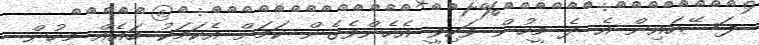
ފަސޭހައިން އެ ދެ މީހުން ވަކިވީ އެހެންވެގެން ކަމަށް އެކަމަކު ބައެއް މީހުން